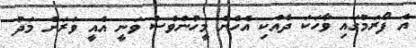
އެ ފޯރަމުގައި ވާހަކަ ދެއްކި އެހެން މީހުންވެސް ވަނީ އެއީ ވަރަށް މަދު